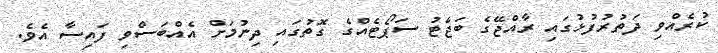
ކުރެއްވި ދަތުރުފުޅުގައި ރާއްޖޭގެ ބަޖެޓު ސަޕޯޓެއްގެ ގޮތުގައި ދިނުމަށް އެއްބަސްވި ފައިސާ އެވެ.